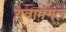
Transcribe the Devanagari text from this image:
युवामंगल